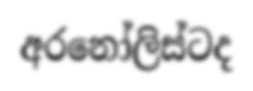
අරනෝලිස්ටද